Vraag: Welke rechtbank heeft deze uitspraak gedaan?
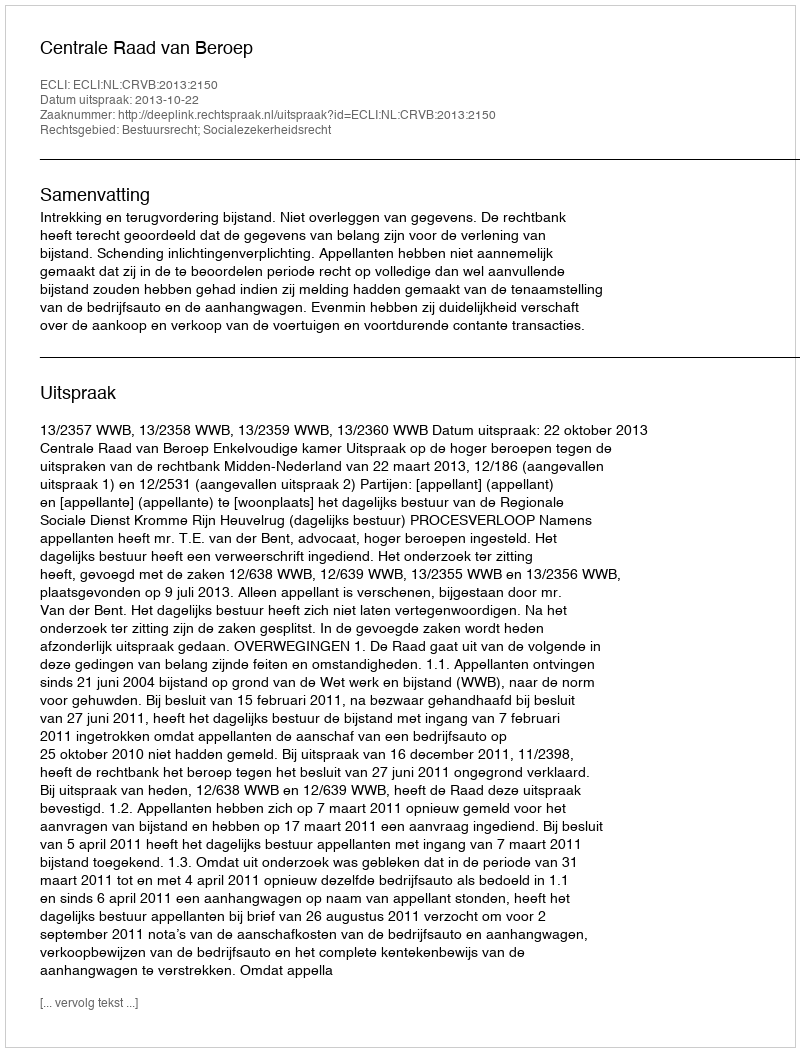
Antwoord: Centrale Raad van Beroep